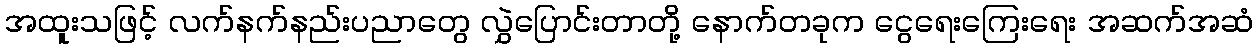
အထူးသဖြင့် လက်နက်နည်းပညာတွေ လွှဲပြောင်းတာတို့ နောက်တခုက ငွေရေးကြေးရေး အဆက်အဆံ